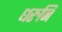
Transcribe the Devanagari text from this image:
धरुनि